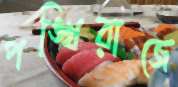
পঙ্খিরাজে